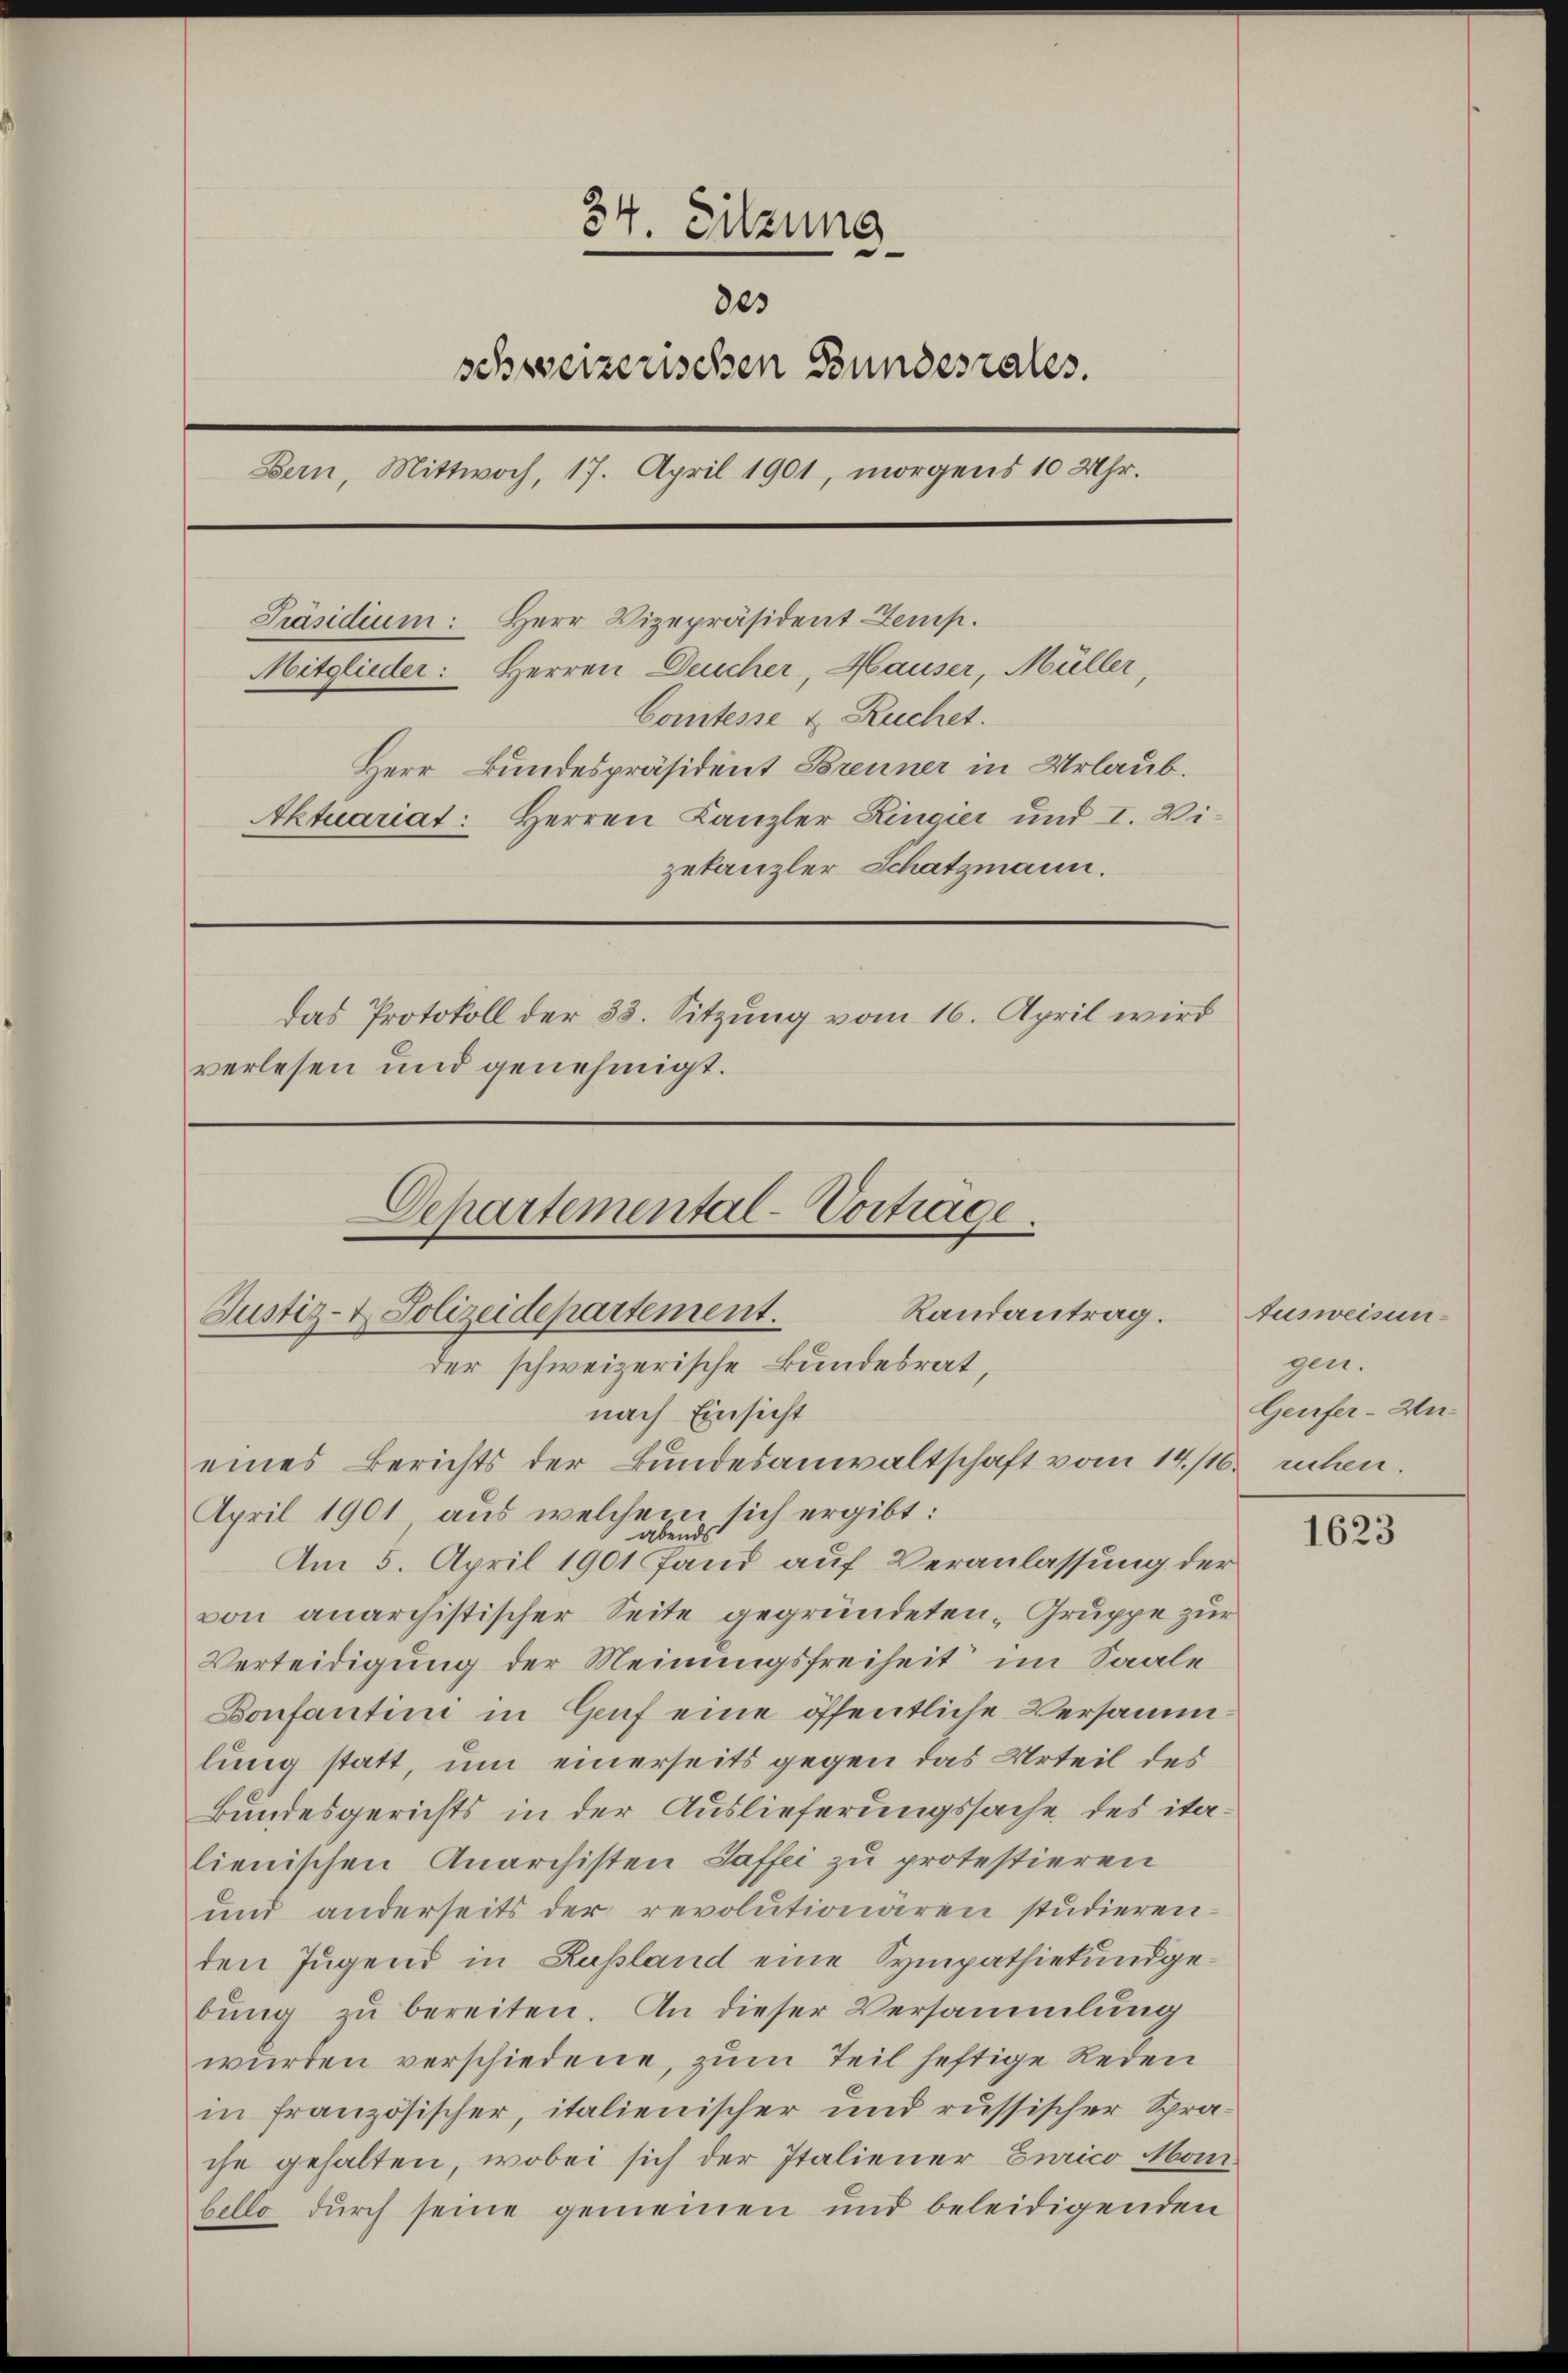
34. Sitzung
e
des
schweizerischen Bundesrates.
Bern, Mittwoch, 17. April 1901, morgens 10 Uhr.
Präsidium: Herr Vizepräsident Zemp.
Mitglieder: Herren Deucher, Hauser, Müller,
Comitesse u. Ruchet.
Herr Bundespräsident Brenner in Urlaub.
Aktuariat: Herren Kanzler Ringier und I. Vizetanzler Schatzmann.
das Protokoll der 33. Sitzung vom 16. April wird
verlesen und genehmigt.

Departemental-Vortrage.
Randantrag.
Justiz- & Polizeidepartement.
der schweizerische Bundesrat,
nach Einsicht
eines Berichts der Bundesanwaltschaft vom 14./16. ruhen.

April 1901 aus welchem sich ergibt:
abends
Am 5. April 1901 Fand auf Veranlassung der
von anarchistischer Seite gegründeten Gruppe zur
Verteidigung der Meinungsfreiheit im Saale
Donfantini in Genf eine öffentliche Versammlung statt, um einerseits gegen das Urteil des
Bundesgerichts in der Auslieferungssache des italienischen Anarchisten Saffei zu protestieren
und anderseits der revolutionären studieren
den Jugend in Russland eine Sympathiekundgebung zu bereiten. An dieser Versammlung
wurden verschiedene, zum Teil heftige Reden
in französischer, italienischer und russischer Sprache gehalten, wobei sich der Italiener Eurico Mon.
bello durch seine gemeinen und beleidigenden

Ausweisun
gen.
Genfer-An¬

1623